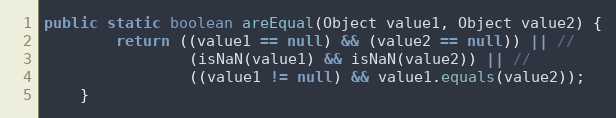
Language: Java
public static boolean areEqual(Object value1, Object value2) {
        return ((value1 == null) && (value2 == null)) || //
                (isNaN(value1) && isNaN(value2)) || //
                ((value1 != null) && value1.equals(value2));
    }